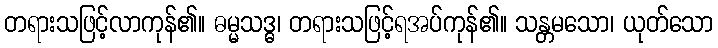
တရားသဖြင့်လာကုန်၏။ ဓမ္မသဒ္ဓ၊ တရားသဖြင့်ရအပ်ကုန်၏။ သန္တမသော၊ ယုတ်သော